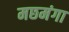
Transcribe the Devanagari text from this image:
मछमंगा